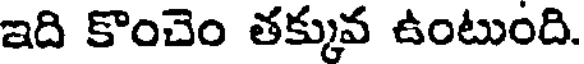
ఇది కొంచెం తక్కువ ఉంటుంది.